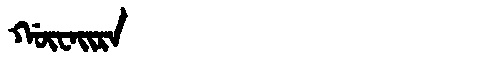
Manchu: ᡤᡡᠸᠠᡳᡵᠠ
Romanization: GŪWAIRA